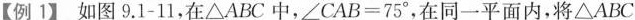
【例1】如图9.1-11，在△ABC中，$$∠CAB=75°$$，在同一平面内，将△ABC